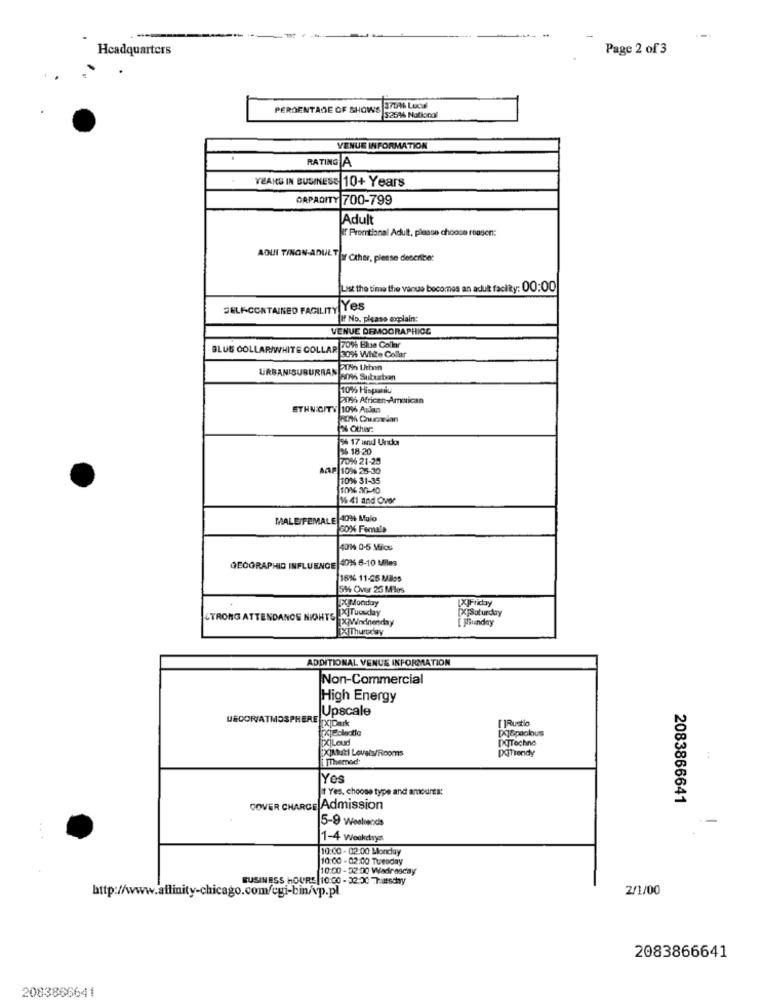
--
Headquarters
Page 2 of 3
PERCENTAGE OF SHOWS
375% Local
$25% National
VENUE INFORMATION
RATING A
YEARS IN BUSINESS 10+ Years
CAPACITY 700-799
Adult
Promtional Adult, please choose reasen:
AQUI TINON-ADULTIY Other, please describe:
List the time the vanue becomes an adult facility: 00:00
SELF-CONTAINED FACILITY Yes
If No. please explain:
VENUE DEMOGRAPHICG
BLUE COLLAR/WHITE COLLAR
p 20% Blue Collar
30% White Collar
URBANISUBURBAN
8096 Suburban
10% Hispanic
215% African-American
ETHNICITY 10% Aslan
26 Other:
4 17 and Und
26 18-20
70% 21-25
AAF 10% 28-30
20%6 31-35
100% 3G-40
16 41 and Over
MALEFEMALE 409% Mulo
60% Female
4014 0-5 Mics
GEOGRAPHIC INFLUENCE 40% 6-10 Miles
1616 11-25 MBlos
5% Over 26 Miles
PIMonday
[X]Friday
[X]Saturday
STRONG ATTENDANCE NIGHTS IXITuesday
[X]Windnonday
[ ]Sunday
X Thursday
ADDITIONAL VENUE INFORMATION
Non-Commercial
High Energy
Upscale
DECOR/ATMOSPHERE
[ ]Rustio
[X]&paolous
[X]Loud
PQTechno
XINtuti Levels/Rooms
PoiTrendy
i. TThemed:
Yes
1 Yes, choose type and amounts:
2083866641
COVER CHARGE Admission
5-9 Weekvecch
1-4 Weakdryss
10:00 - 02.00 Monday
10:00 - 02:00 Tuesday
10:00 - 32:00 Wadirasday
BUSINESS HOURS 10:00 - 32:30 Tusdry
2/1/00
http://www.affinity-chicago.com/cgi-bin/vp.pl
2083866641
2083866641